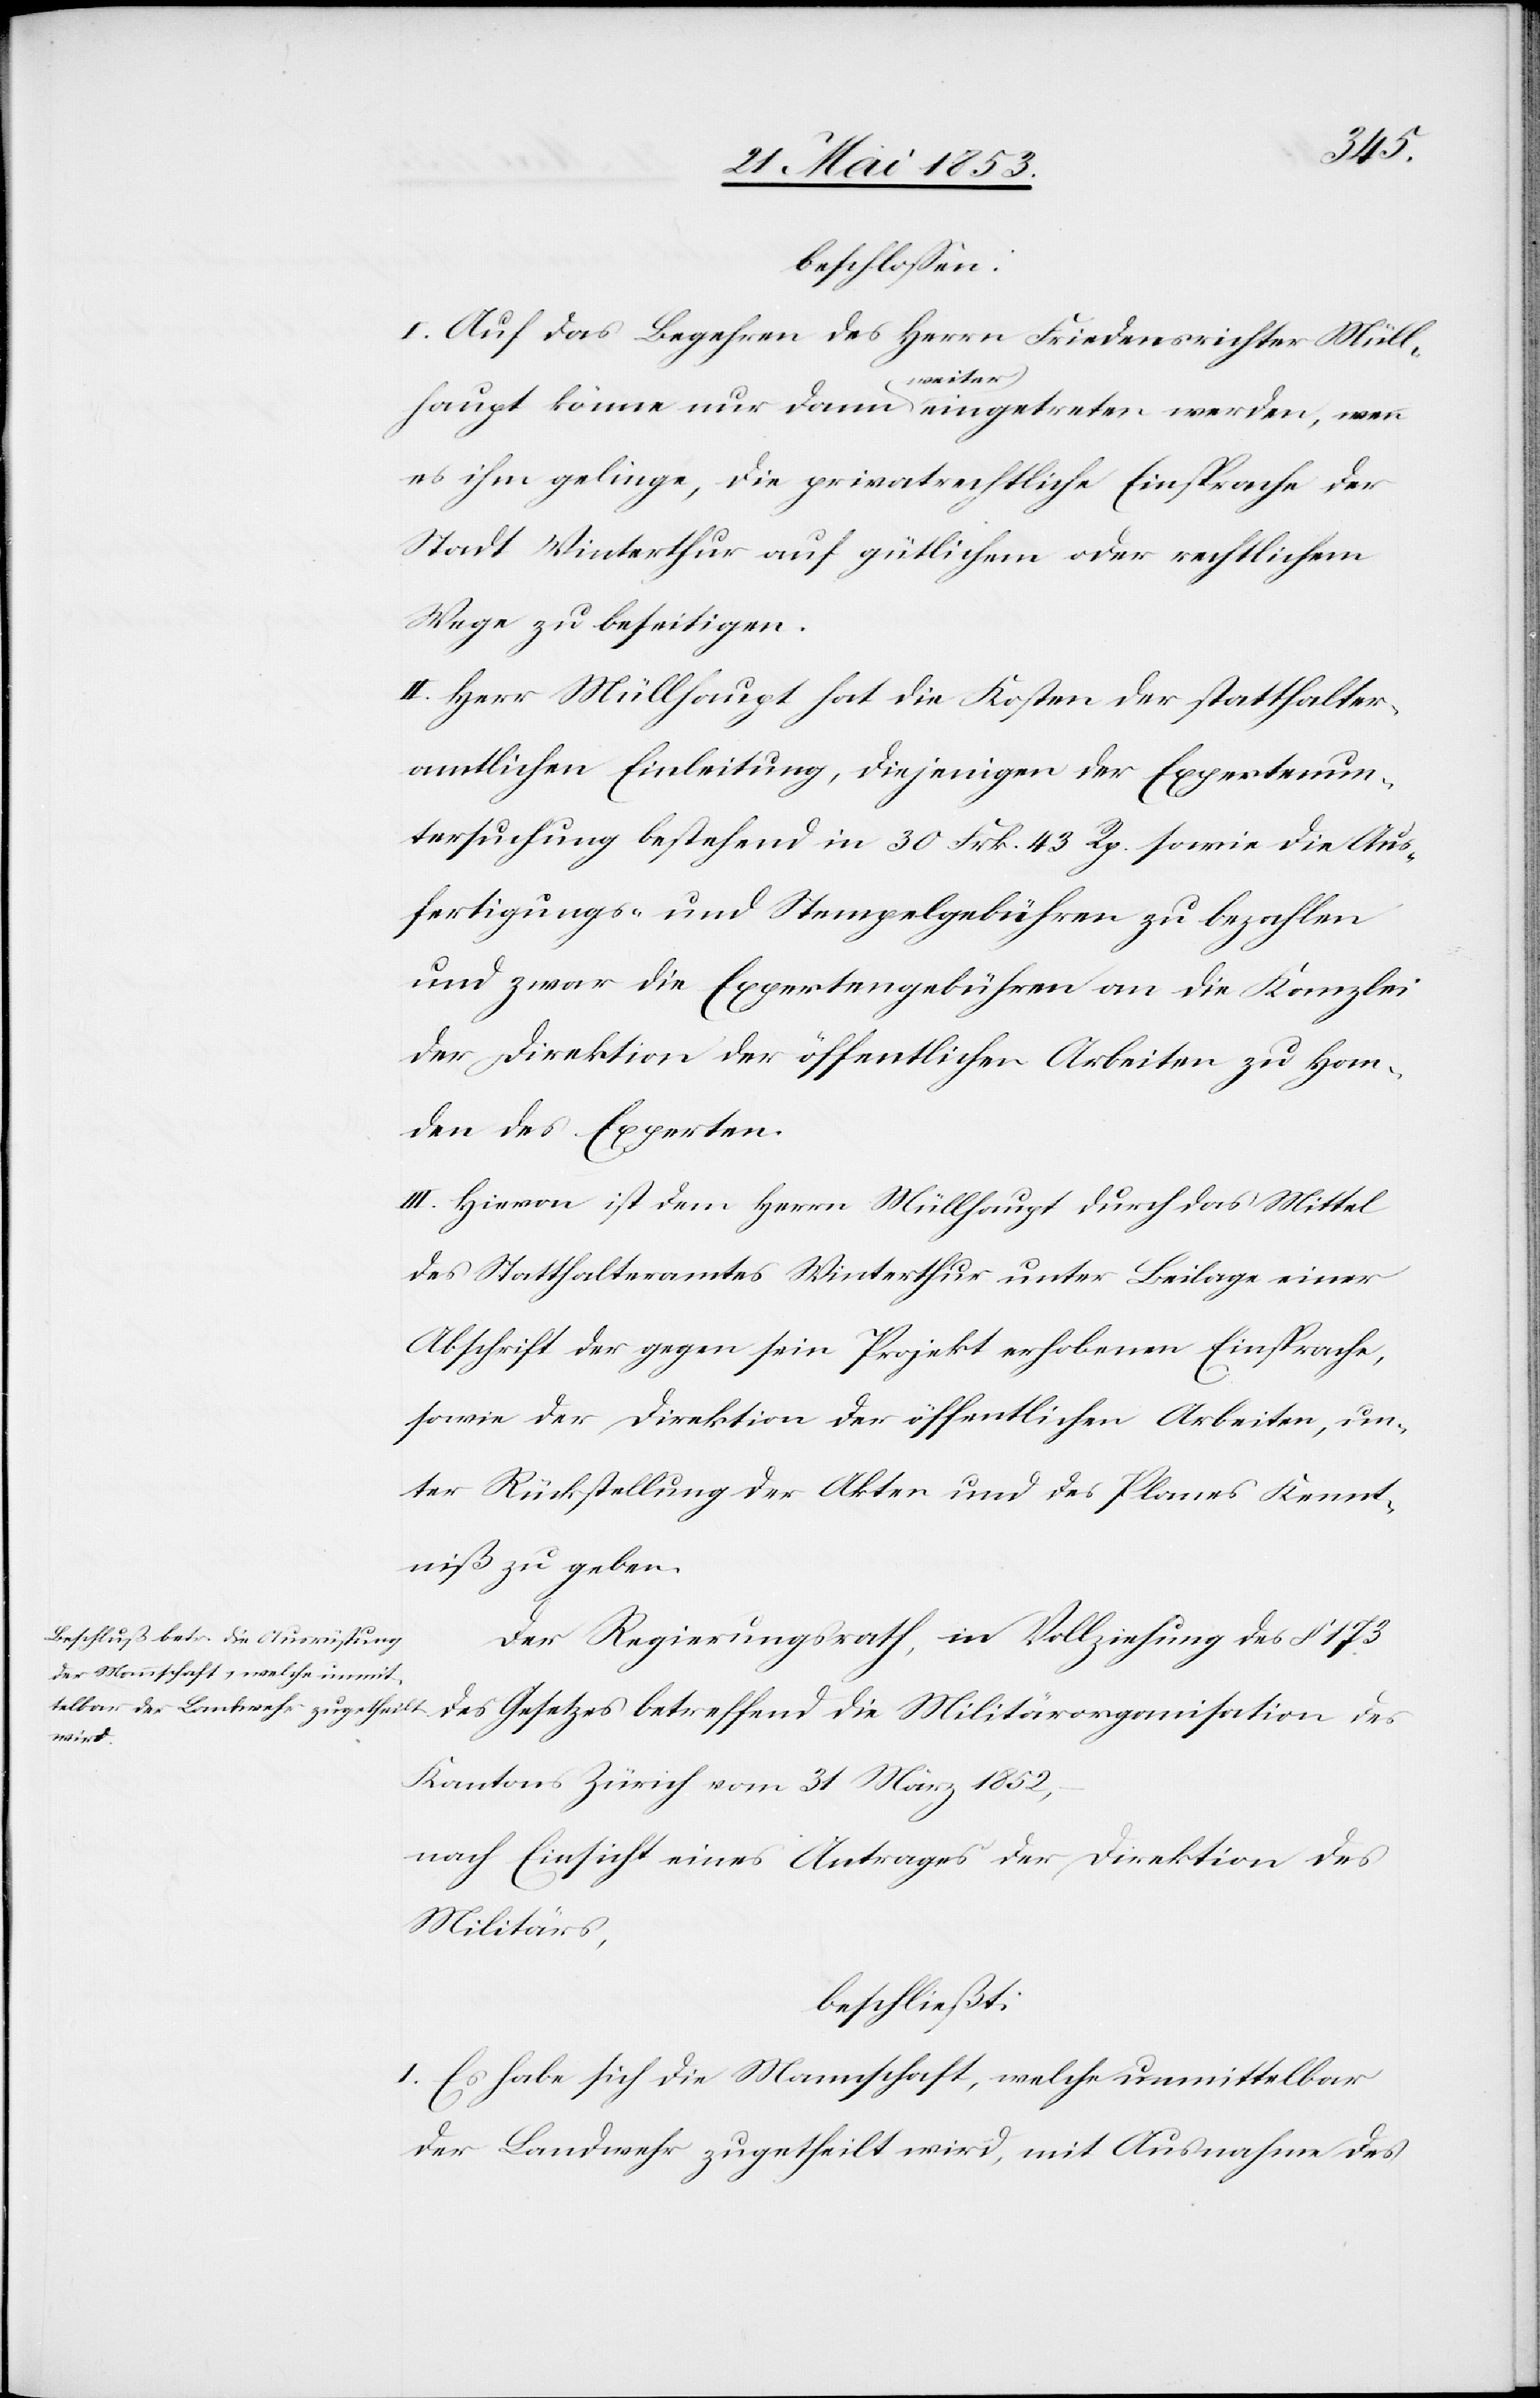
und

beschloßen:
I. Auf das Begehren des Herrn Friedensrichter Müll¬
haupt könne nur dann (weiter) eingetreten werden, wenn
es ihm gelinge, die privatrechtliche Einsprache der
Stadt Winterthur auf gütlichem oder rechtlichem
Wege zu beseitigen.
II. Herr Müllhaupt hat die Kosten der statthalter¬
amtlichen Einleitung, diejenigen der Expertenun¬
und zwar die Expertengebühren an die Kanzlei
der Direktion der öffentlichen Arbeiten zu Han¬
den des Experten.
III. Hievon ist dem Herrn Müllhaupt durch das Mittel
des Statthalteramtes Winterthur unter Beilage einer
Abschrift der gegen sein Projekt erhobenen Einsprache,
sowie der Direktion der öffentlichen Arbeiten, un¬
ter Rückstellung der Akten und des Planes Kennt¬
niß zu geben.
Der Regierungsrath, in Vollziehung des § 173
des Gesetzes betreffend die Militärorganisation des
Kantons Zürich vom 31 März 1852,
nach Einsicht eines Antrages der Direktion des
Militärs,
beschließt:
I. Es habe sich die Mannschaft, welche unmittelbar
der Landwehr zugetheilt wird, mit Ausnahme des